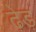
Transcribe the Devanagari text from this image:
ढ़ेड़